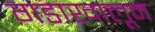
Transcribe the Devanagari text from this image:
गडाखालून